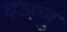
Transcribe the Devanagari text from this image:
वञणु